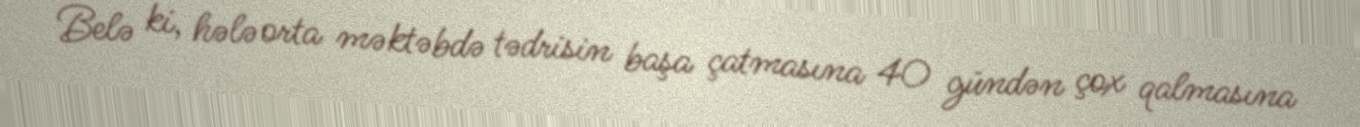
Belə ki, hələ orta məktəbdə tədrisin başa çatmasına 40 gündən çox qalmasına